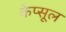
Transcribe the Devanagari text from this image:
केप्सूल